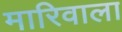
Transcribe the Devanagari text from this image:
मारिवाला